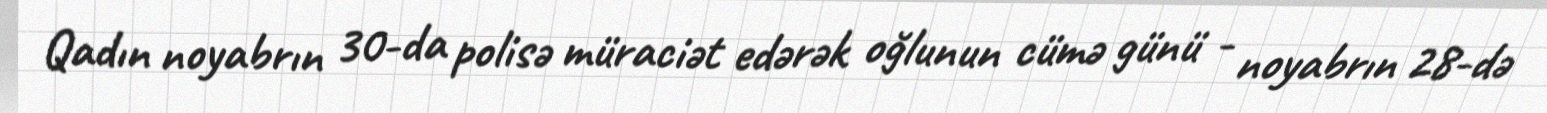
Qadın noyabrın 30-da polisə müraciət edərək oğlunun cümə günü - noyabrın 28-də